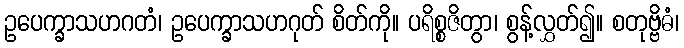
ဥပေက္ခာသဟဂတံ၊ ဥပေက္ခာသဟဂုတ် စိတ်ကို။ ပရိစ္စဇိတွာ၊ စွန့်လွှတ်၍။ စတုဗ္ဗိဓံ၊